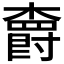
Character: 𣝣